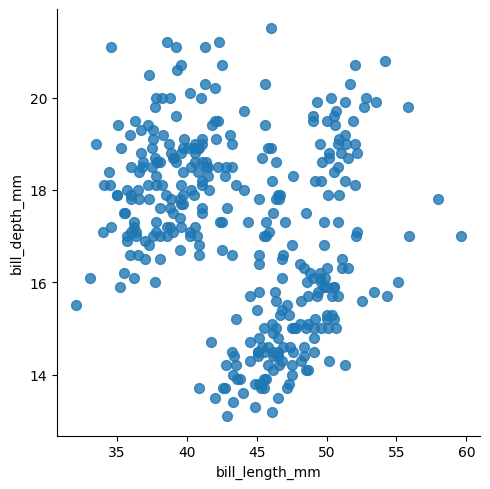
python, seaborn, lmplot, aspect=1.0, order=2, markers='o'